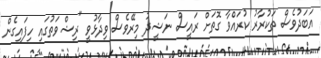
އަބަދުވެސް ތަކުރާރު ކުރައްވާ ގޮތަށް ރައީސް ނަޝީދު މިރޭވެސް ވިދާޅުވީ "ރިޝްވަތުގައި ހިފައިގެން